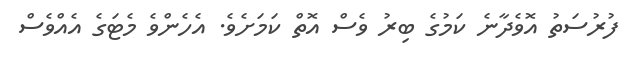
ފުރުސަތު އޮވެދާނެ ކަމުގެ ބިރު ވެސް އޮތް ކަމަށެވެ. އެހެންވެ މެޓަގެ އެއްވެސް